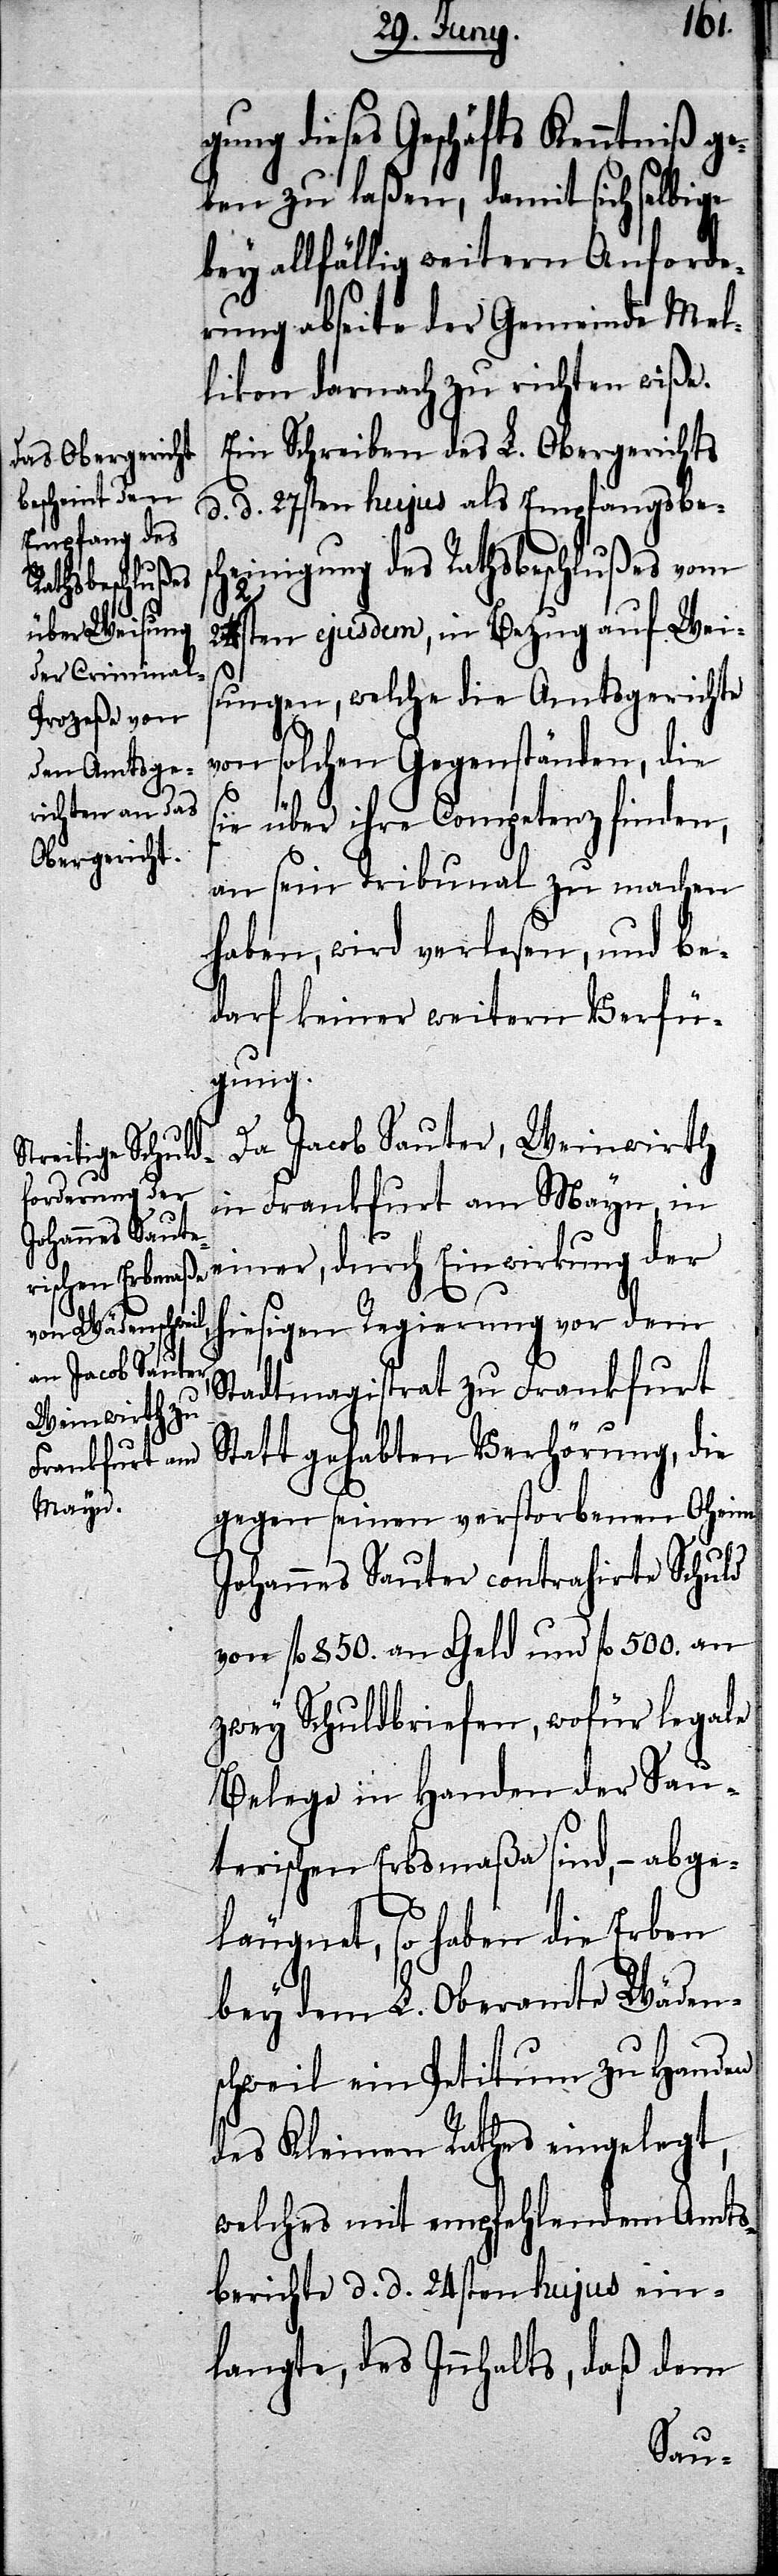
gung dieses Geschäfts Kenntniß ge¬
ben zu laßen, damit sich selbige
bey allfällig weitern Anforde¬
rung abseite der Gemeinde Mel¬
likon dernach zu richten wiße.
Ein Schreiben des L. Obergerichts
d. d. 27sten hujus als Empfangsbes¬
cheinigung des Rathsbeschlußes vom
Einwirkung
ejusdem, in Bezug auf Wei¬
sungen, welche die Amtsgerichte
von solchen Gegenständen, die
sie über ihre Competenz finden,
an sein Tribunal zu machen
haben, wird verlesen, und be¬
darf keiner weitern Verfü¬
gung.
Da Jacob Sauter, Weinwirth
in Frankfurt am Mayn, in
hiesigen Regierung vor dem
Stadtmagistrat zu Frankfurt
Statt gehabten Verhörung, die
gegen seinen verstorbenen Oheim
Johannes Sauter contrahirte Schuld
von fl. 850. von Geld und fl. 500. an
zwey Schuldbriefen, wofür legale
Belege in Handen der Sau¬
terischen Erbsmaßa sind, – abge¬
läugnet, so haben die Erben
bey dem L. Oberamte Wäden¬
schweil ein Petitum zu Handen
des Kleinen Rathes eingelegt,
welches mit empfehlendem Amts¬
berichte d. d. 24sten hujus ein¬
langte, des Innhalts, daß dem